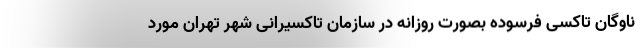
ناوگان تاکسی فرسوده بصورت روزانه در سازمان تاکسیرانی شهر تهران مورد